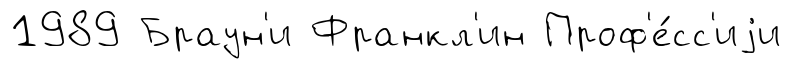
1989 Браун'и Франкл'ин Проф'е́сс'иjи